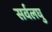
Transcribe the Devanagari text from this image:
सर्वलघु